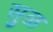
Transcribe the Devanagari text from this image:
सुळ